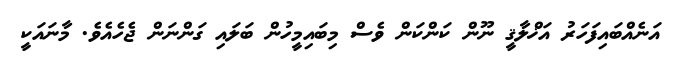
އަނެއްބައިފަހަރު އަޚްލާޤީ ނޫން ކަންކަން ވެސް މިބައިމީހުން ބަލައި ގަންނަން ޖެހެއެވެ. މާނައަކީ